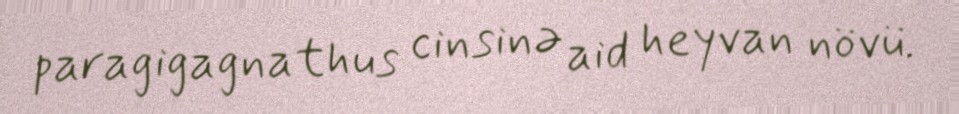
paragigagnathus cinsinə aid heyvan növü.